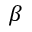
\beta